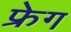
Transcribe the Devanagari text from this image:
फ्रेग